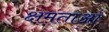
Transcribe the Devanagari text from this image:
क्षमताऑ